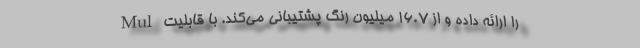
را ارائه داده و از 16.7 میلیون رنگ پشتیبانی می‌کند. با قابلیت Mul